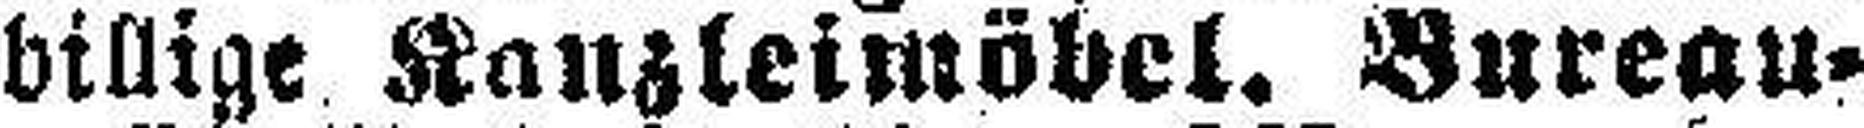
billige Kanzleimöbel. Bureau¬